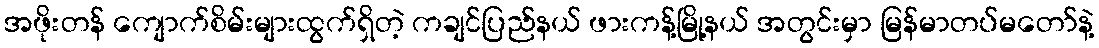
အဖိုးတန် ကျောက်စိမ်းများထွက်ရှိတဲ့ ကချင်ပြည်နယ် ဖားကန့်မြို့နယ် အတွင်းမှာ မြန်မာတပ်မတော်နဲ့